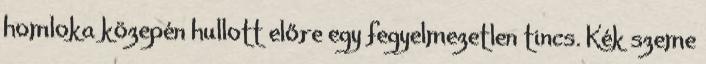
homloka közepén hullott előre egy fegyelmezetlen tincs. Kék szeme